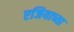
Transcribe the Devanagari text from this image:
एजियाच्या